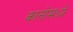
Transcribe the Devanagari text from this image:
कानोमध्ये